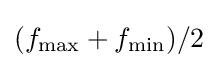
(f_{\text{max}}+f_{\text{min}})/2